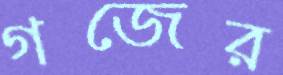
গজের